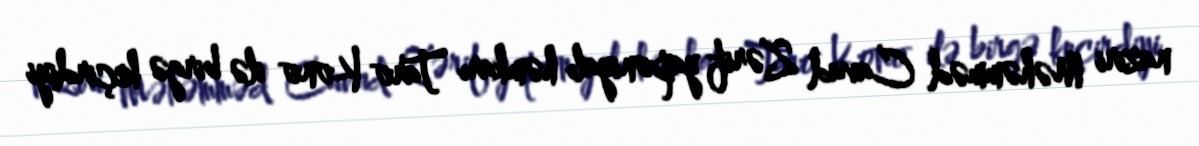
naziri Məhəmməd Cavad Zərif yaponiyalı həmkarı Taro Kono ilə birgə keçirdiyi